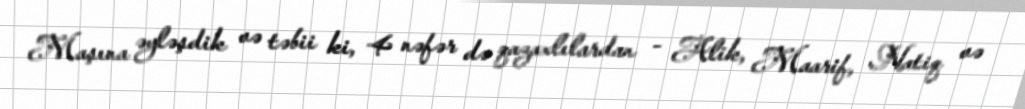
Maşına əyləşdik və təbii ki, 4 nəfər də qazaxlılardan - Alik, Maarif, Natiq və